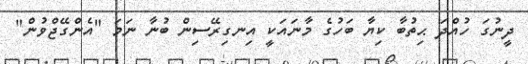
ދީނުގަ ހުއްދަ ޙިތުބާ ކިޔާ ބަހުގެ މާނައަކީ އިނގިރޭސިން ބުނާ ނަމަ "އެންގޭޖްވުން"